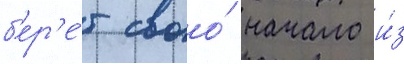
б'ер'е́т своо́ начало и́з